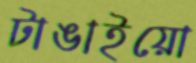
টাঙাইয়ো